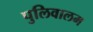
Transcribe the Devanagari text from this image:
पुलिवालम